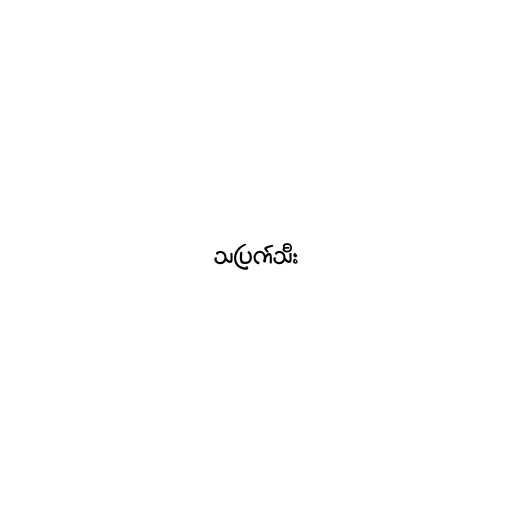
သပြက်သီး